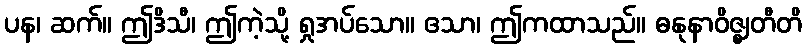
ပန၊ ဆက်။ ဤဒိသီ၊ ဤကဲ့သို့ ရှုအပ်သော။ ဧသာ၊ ဤကထာသည်။ ဓနုနာဝိဇ္ဈတီတိ